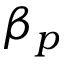
\beta _ { p }